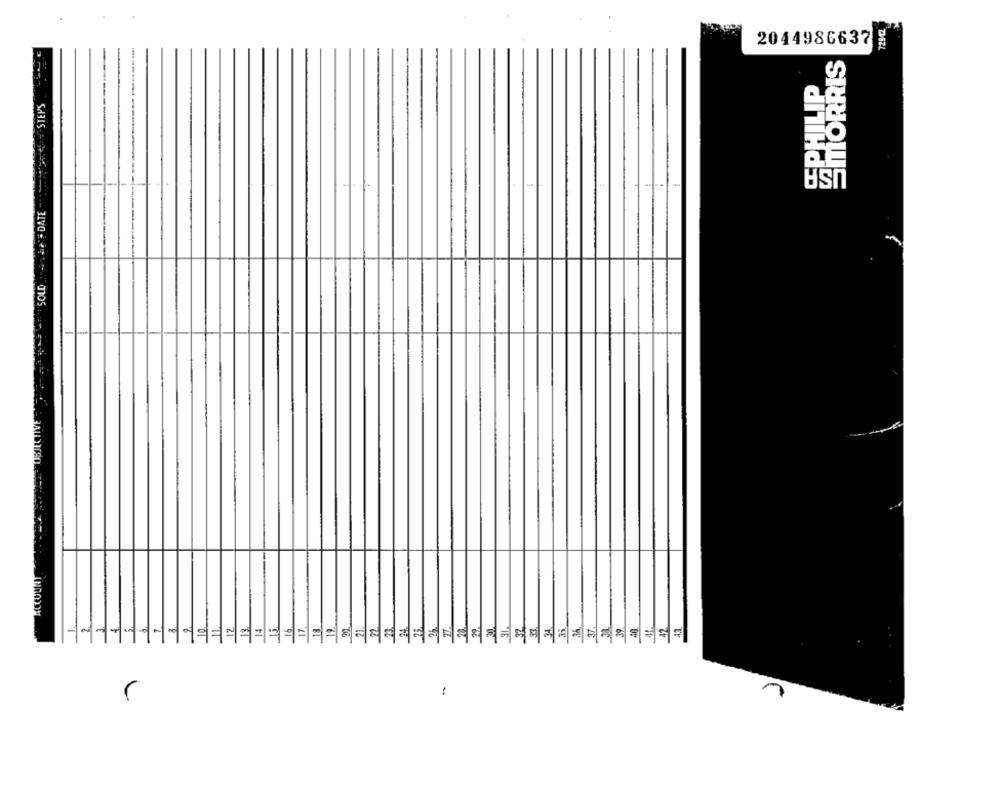
2044986637
SMORRIS
SPHILIP
=- STEPS
SOUD DATE
31
42.